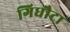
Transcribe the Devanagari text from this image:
गिधौटा